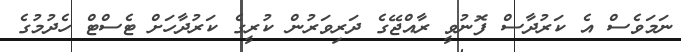
ނަމަވެސް އެ ކަރުދާސް ފޮނުވީ ރާއްޖޭގެ ދަރިވަރުން ކުރީގެ ކަރުދާހަށް ޓެސްޓް ހެދުމުގެ